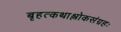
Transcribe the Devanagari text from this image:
बृहत्कथाश्लोकसंग्रहः